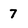
Character: 7